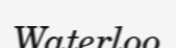
Waterloo